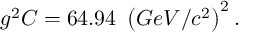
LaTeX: g ^ { 2 } C = 6 4 . 9 4 \ \left( G e V / c ^ { 2 } \right) ^ { 2 } .